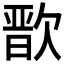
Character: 𭭒